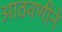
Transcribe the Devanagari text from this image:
आठवणीने